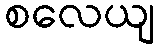
စလေယျ